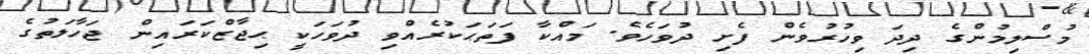
މުސްލިމުންގެ ދިދަ ވިހުރުވެން ފެށި ދުވަހެވެ. މައްކާ ފަތަޙަކުރެއްވި ދުވަހަކީ ޙިޖާޒްކަރައިން ޖަހާލަތުގެ